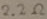
Text: 2.2Ω